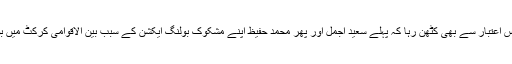
پاکستانی کرکٹ کے لیے یہ سال اس اعتبار سے بھی کٹھن رہا کہ پہلے سعید اجمل اور پھر محمد حفیظ اپنے مشکوک بولنگ ایکشن کے سبب بین الاقوامی کرکٹ میں بولنگ کرنے سے روک دیے گئے۔